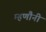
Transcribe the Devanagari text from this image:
म्हणौनी